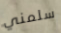
سلمني